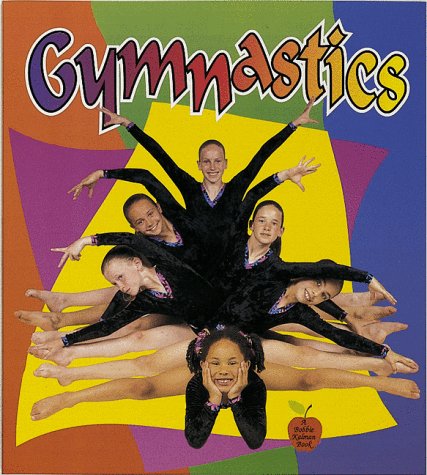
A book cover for Gymnastics (Crabapples); Bobbie Kalman; Children's Books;